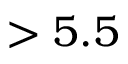
> 5 . 5